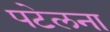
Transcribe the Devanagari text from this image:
पटेलना